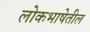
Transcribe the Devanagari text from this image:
लोकभाषेतील